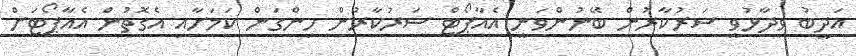
އަދީބު ވިދާޅުވީ ސަރުކާރުން ބޭނުންވަނީ އެއާޕޯޓް ސަރުކާރުން ހިންގަން ކަމަށާއި އެގޮތުން އެއާޕޯޓަށް